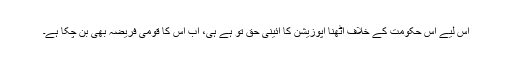
اس لیے اس حکومت کے خلاف اٹھنا اپوزیشن کا آئینی حق تو ہے ہی، اب اس کا قومی فریضہ بھی بن چکا ہے۔